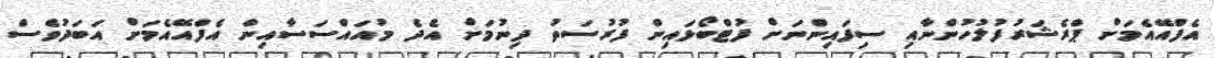
އެފްއޭއެމަށް ޕްރެޝަރުފުލުހުންނާއި ސިފައިންނަށް ފުޓްބޯޅައިން ފުރުސަތު ދިނުމަށް އެދެ މުއައްސަސާއިން އެފްއޭއެމަށް އަބަދުވެސް